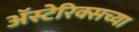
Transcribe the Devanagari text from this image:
अॅस्टेरिक्सच्या